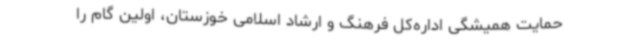
حمایت همیشگی اداره‌کل فرهنگ و ارشاد اسلامی خوزستان، اولین گام را